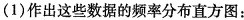
(1)作出这些数据的频率分布直方图：